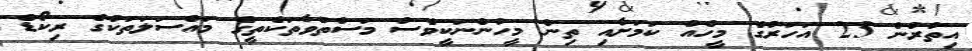
އިތުރުން 25 އަހަރުގެ މީހެއް ކަމަށާއި ތިން މީހުންނަކީވެސް މަސްތުވާތަކެތީގެ މައްސަލަތަކުގެ ރިކޯޑް